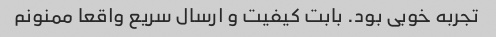
تجربه خوبی بود. بابت کیفیت و ارسال سریع واقعا ممنونم